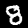
Label: 8